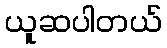
ယူဆပါတယ်